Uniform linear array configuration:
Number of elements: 24
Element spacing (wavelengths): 0.25
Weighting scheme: hamming
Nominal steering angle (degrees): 30
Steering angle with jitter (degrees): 29.308
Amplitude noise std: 0.05
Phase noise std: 0.05

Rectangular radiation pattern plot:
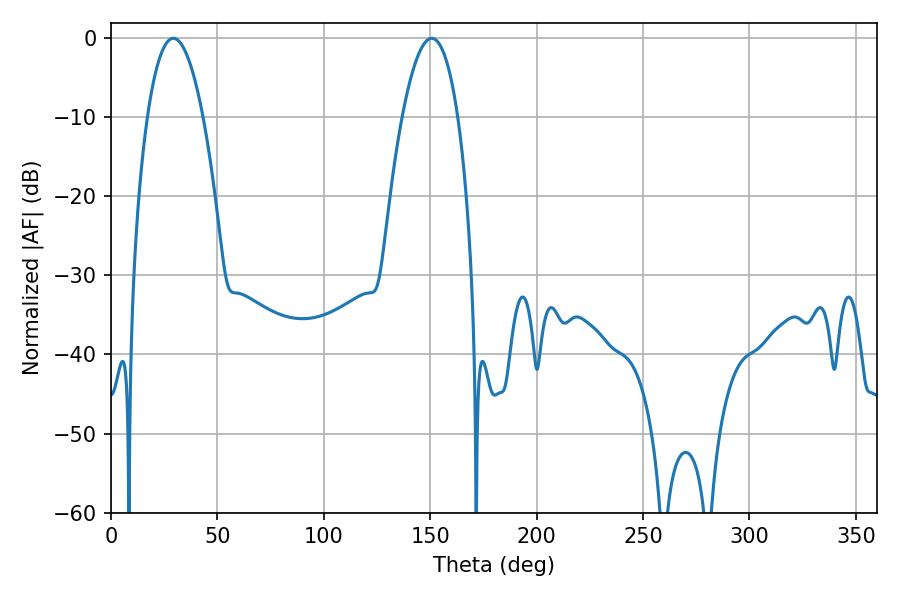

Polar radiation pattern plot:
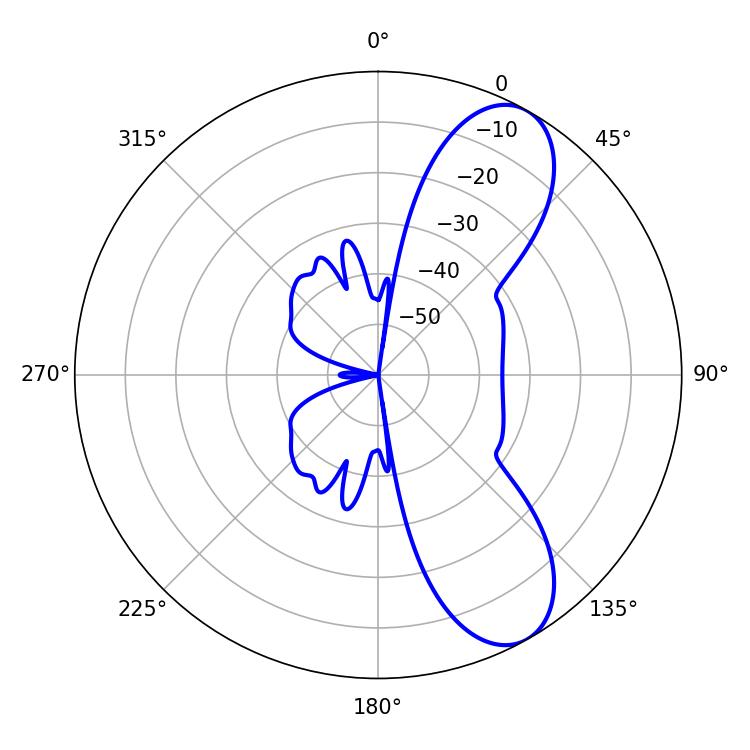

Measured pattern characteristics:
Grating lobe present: FALSE
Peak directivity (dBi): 8.746
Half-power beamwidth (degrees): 14.4
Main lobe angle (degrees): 29.34